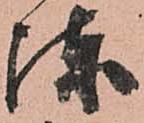
陣